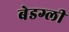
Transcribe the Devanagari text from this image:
बेडग्ली